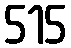
515